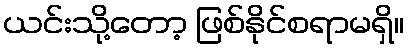
ယင်းသို့တော့ ဖြစ်နိုင်စရာမရှိ။